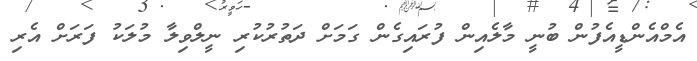
އެމްއެންޑީއެފުން ބުނީ މާލެއިން ފުރައިގެން ގަމަށް ދަތުރުކުރި ނީލްވިލާ މުލަކު ފަރަށް އެރި